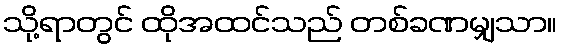
သို့ရာတွင် ထိုအထင်သည် တစ်ခဏမျှသာ။